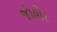
જોહોર